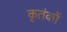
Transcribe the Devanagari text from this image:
कृतंकों